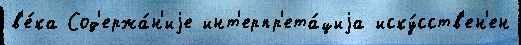
в'е́ка Сод'ержа́н'иjе инт'ерпр'ета́циjа иску́сств'ен'ен